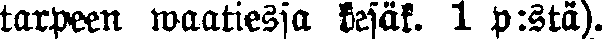
tarpeen waatiessa kesäk. 1 p:stä).